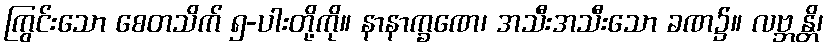
ကြွင်းသော စေတသိက် ၅-ပါးတို့ကို။ နာနာက္ခဏေ၊ အသီးအသီးသော ခဏ၌။ လဗ္ဘန္တိ၊